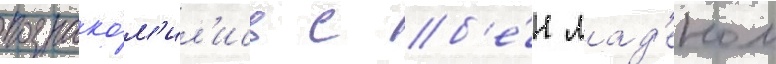
познако́м'ил'ись с б'е́н лад'еном